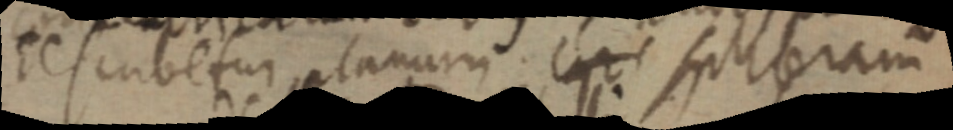
tescubetur planum _ scribram